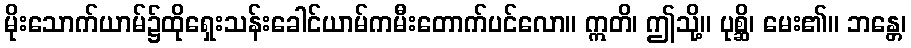
မိုးသောက်ယာမ်၌ထိုရှေးသန်းခေါင်ယာမ်ကမီးတောက်ပင်လော။ ဣတိ၊ ဤသို့။ ပုစ္ဆိ၊ မေး၏။ ဘန္တေ၊